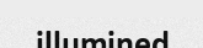
illumined